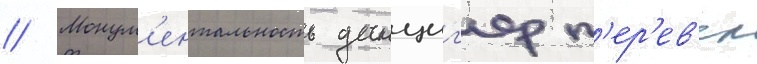
// Монум'ентальность данциг'ер п'ер'ев'ел